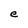
Character: e